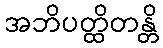
အဘိပတ္ထိတန္တိ